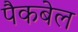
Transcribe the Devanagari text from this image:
पैकबेल